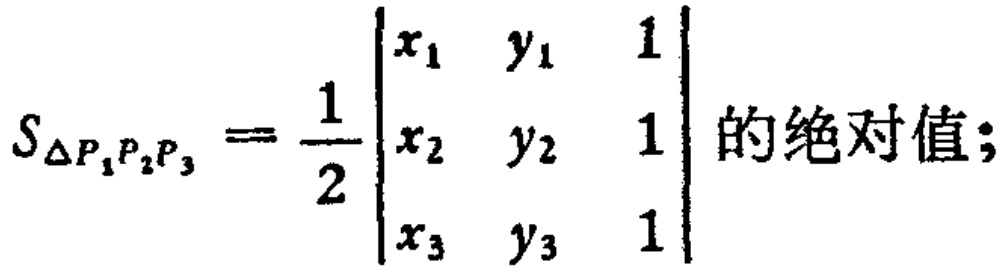
$S_{\triangle P_{1}P_{2}P_{3}} = \frac{1}{2} \left| \begin{array}{lll}
x_{1} & y_{1} & 1 \\
x_{2} & y_{2} & 1 \\
x_{3} & y_{3} & 1
\end{array} \right| 的绝对值;$